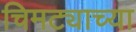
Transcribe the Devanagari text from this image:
चिमट्याच्या